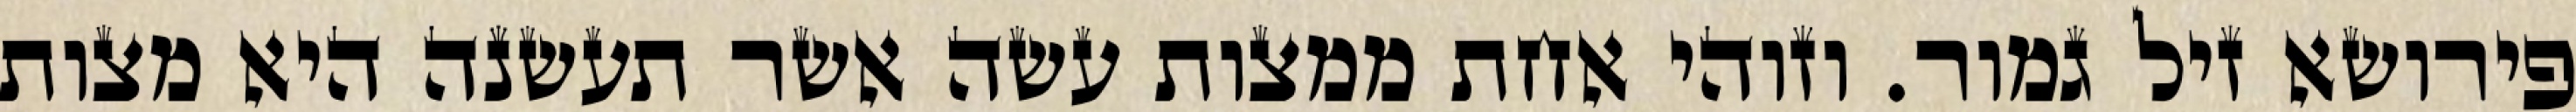
פירושא זיל גמור. וזוהי אחת ממצות עשה אשר תעשנה היא מצות